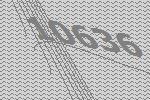
10636